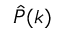
\hat { P } ( k )